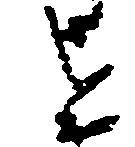
を